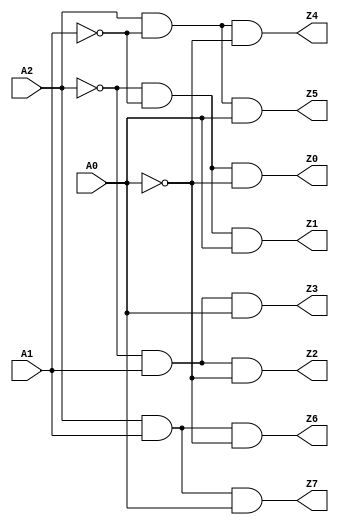
module decoder2 (input A2, A1, A0, output Z0, Z1, Z2, Z3, Z4, Z5, Z6, Z7);
	assign Z0 = {~A2 & ~A1 & ~A0};
	assign Z1 = {~A2 & ~A1 & A0};
	assign Z2 = {~A2 & A1 & ~A0};
	assign Z3 = {~A2 & A1 & A0};
	assign Z4 = {A2 & ~A1 & ~A0};
	assign Z5 = {A2 & ~A1 & A0};
	assign Z6 = {A2 & A1 & ~A0};
	assign Z7 = {A2 & A1 & A0};
endmodule